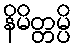
နိမိတ္တမ္ပိ